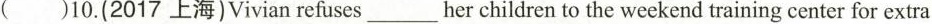
( )10.(2017上海)Vivian refuses her children to the weekend training center for extra